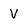
Character: V